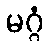
မဂ္ဂံ